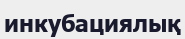
инкубациялық